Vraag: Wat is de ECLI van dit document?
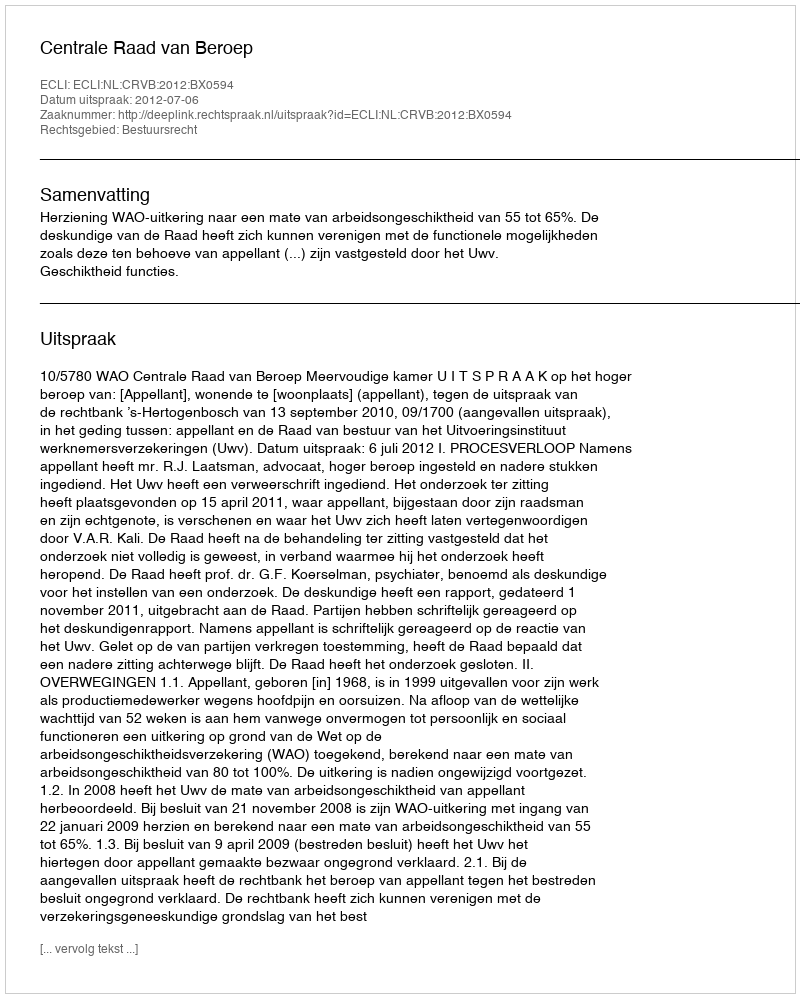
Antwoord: ECLI:NL:CRVB:2012:BX0594